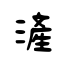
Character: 滻